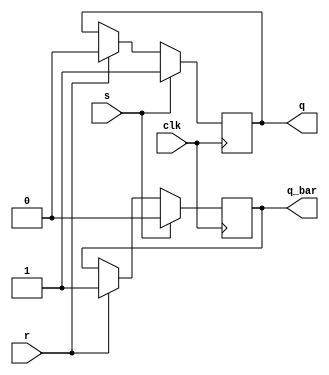
module sr_flipflop (
    input wire clk,
    input wire s,
    input wire r,
    output reg q,
    output reg q_bar
);

always @(posedge clk) begin
    if (s) begin
        q <= 1;
        q_bar <= 0;
    end else if (r) begin
        q <= 0;
        q_bar <= 1;
    end
end

endmodule